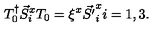
T _ { 0 } ^ { \dag } \vec { S } _ { i } ^ { x } T _ { 0 } = \xi ^ { x } \vec { S ^ { \prime } } _ { i } ^ { x } i = 1 , 3 .